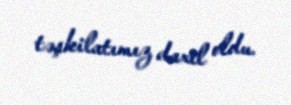
təşkilatımız daxil oldu.